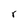
Character: r